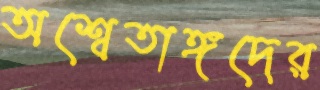
অশ্বেতাঙ্গদের